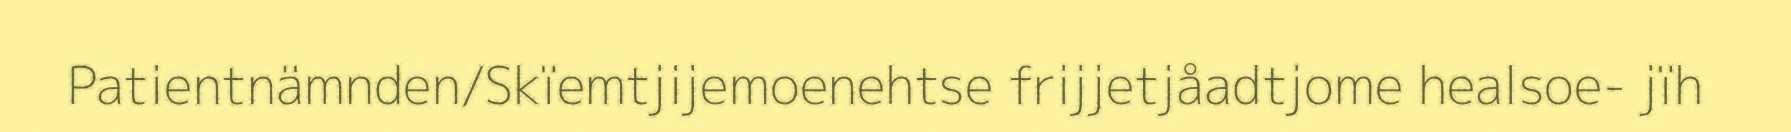
Patientnämnden/Skïemtjijemoenehtse frijjetjåadtjome healsoe- jïh